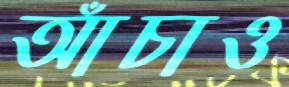
আঁচাও